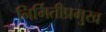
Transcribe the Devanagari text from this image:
निर्मितीप्रमुख